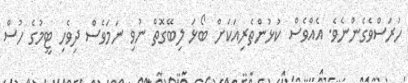
ހުރަސްވެގެންނެވެ. އެއްވެސް ކުޅުންތެރިއަކަށް ބޯޅަ ލިބޭގޮތް ނުވި ނަމަވެސް ދިވެހި ޓީމުގެ ހުސްް